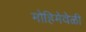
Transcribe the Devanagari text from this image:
मोहिमेवेळी